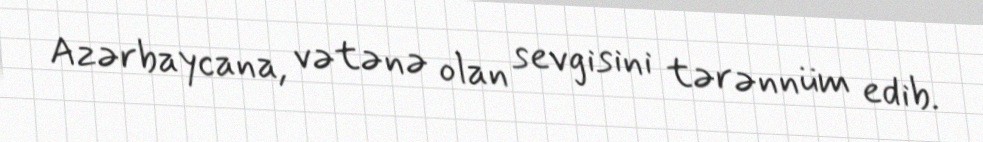
Azərbaycana, vətənə olan sevgisini tərənnüm edib.